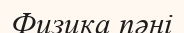
Физика пәні